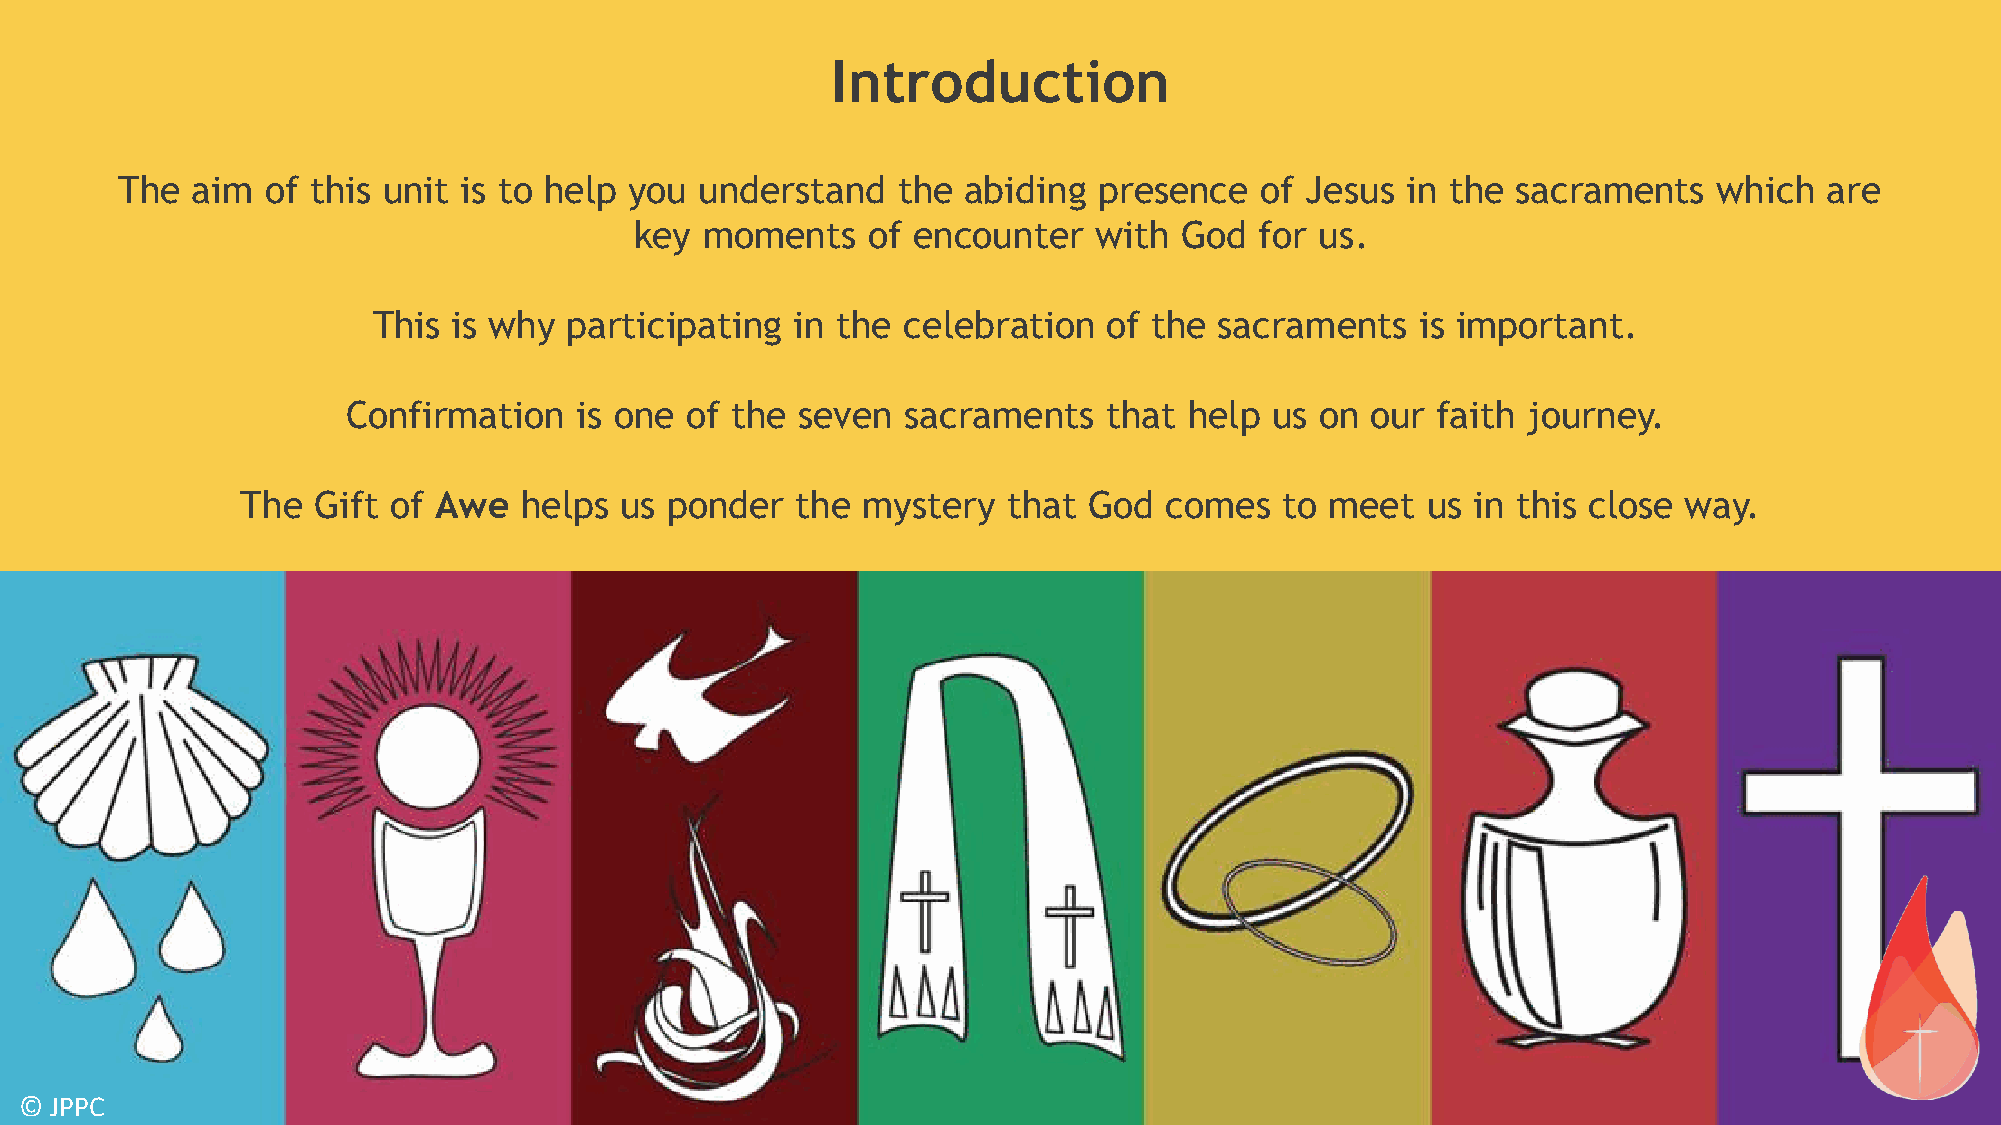
Introduction
 The  aim  of this unit is to help you understand   the  abiding  presence  of Jesus  in the sacraments    which  are
 key  moments   of encounter    with God  for us.
 This is why  participating  in the celebration  of the  sacraments   is important.
 Confirmation   is one of the  seven  sacraments   that  help us on  our faith journey.
 The  Gift of Awe  helps  us ponder   the mystery   that God  comes   to meet  us  in this close way.
 © JPPC